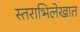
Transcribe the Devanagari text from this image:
स्तराभिलेखात